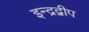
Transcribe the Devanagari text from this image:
इन्द्रद्वीप